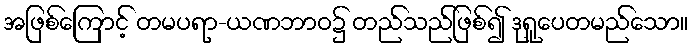
အဖြစ်ကြောင့် တမပရာ-ယဏဘာဝ၌ တည်သည်ဖြစ်၍ ဒုရူပေတမည်သော။